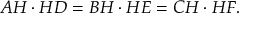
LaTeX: A H \cdot H D = B H \cdot H E = C H \cdot H F .